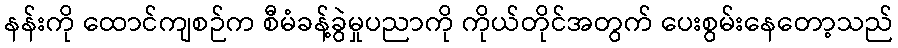
နန်းကို ထောင်ကျစဉ်က စီမံခန့်ခွဲမှုပညာကို ကိုယ်တိုင်အတွက် ပေးစွမ်းနေတော့သည်